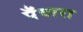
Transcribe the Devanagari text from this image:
पँवारा